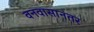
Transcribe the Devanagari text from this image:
वनवासानंतर